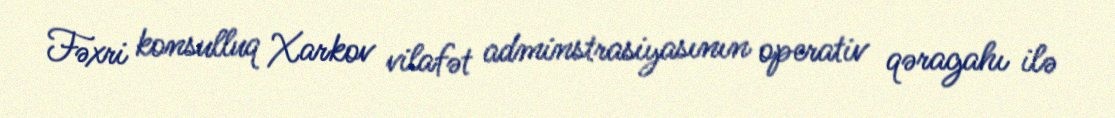
Fəxri konsulluq Xarkov vilafət adminstrasiyasının operativ qəragahı ilə